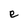
Character: e